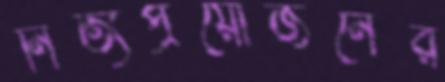
নিত্যপ্রয়োজনের